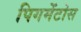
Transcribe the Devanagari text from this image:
पिगमेंटोस